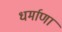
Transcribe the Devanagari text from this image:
धर्माणां